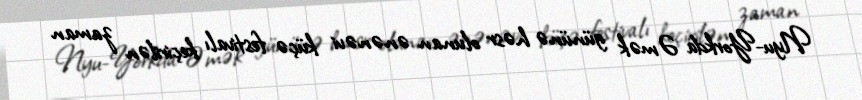
Nyu-Yorkda Əmək gününə həsr olunan ənənəvi küçə festivalı keçirilən zaman